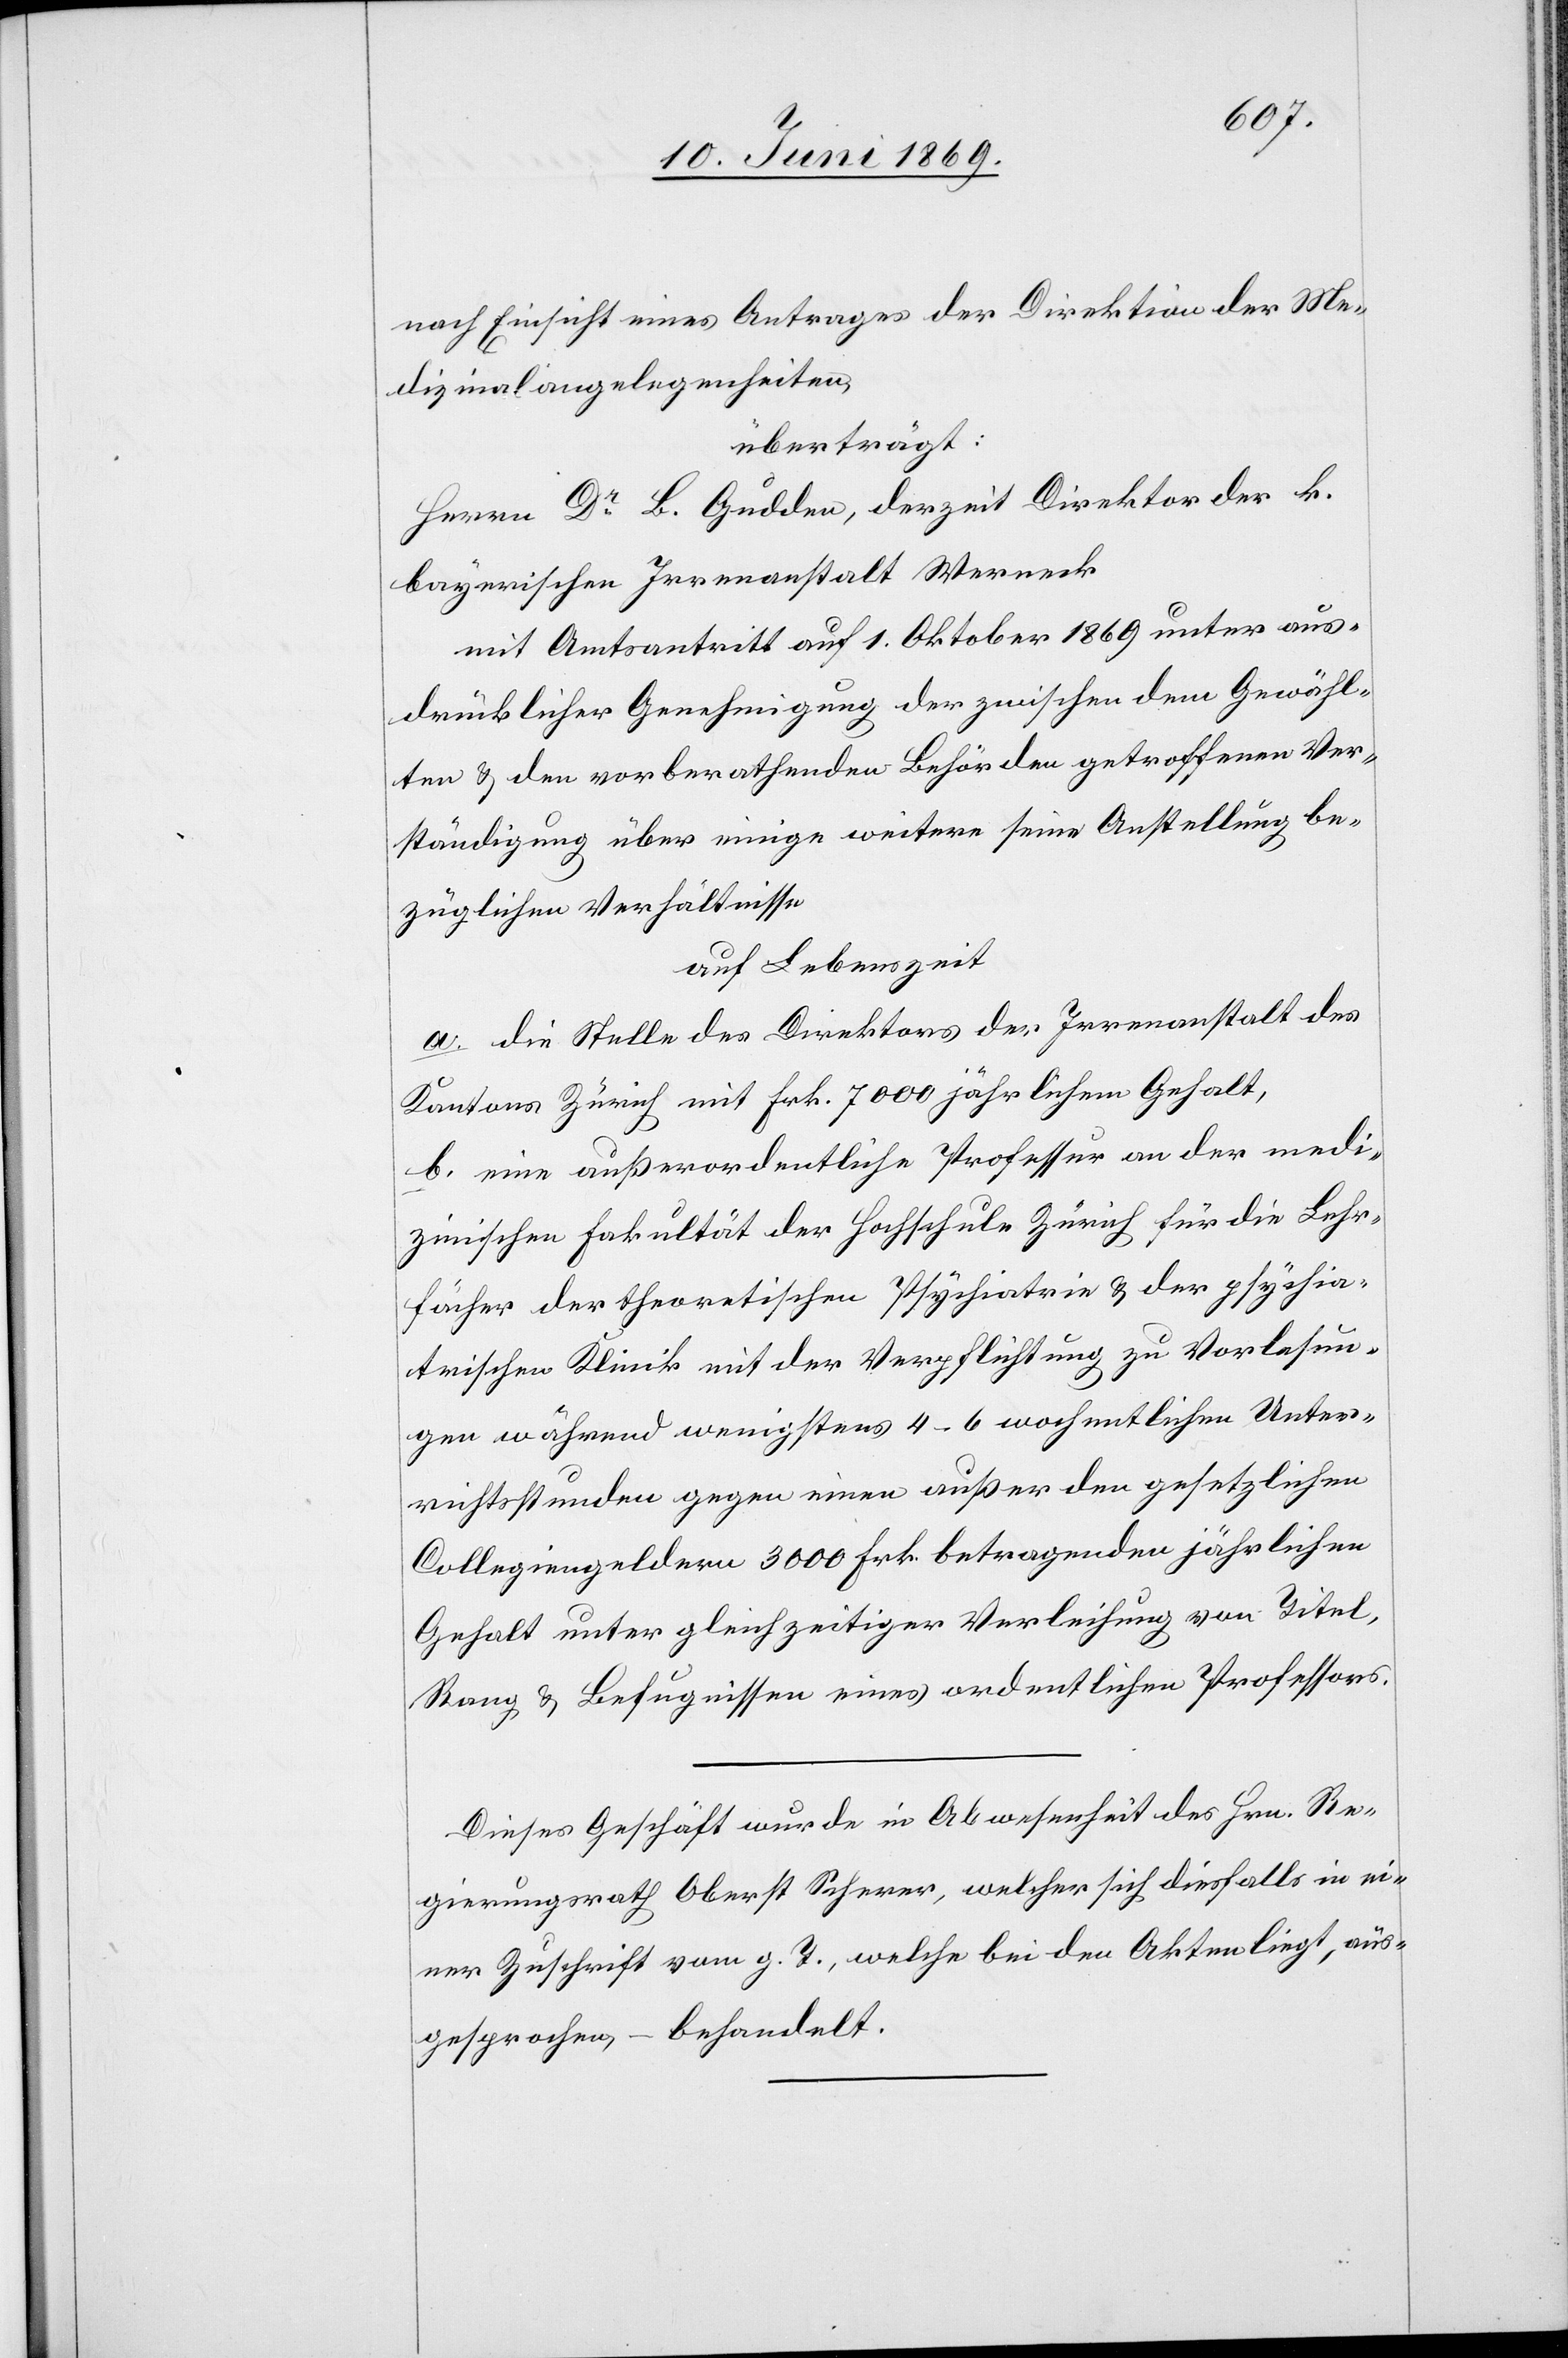
nach Einsicht eines Antrages der Direktion der Me¬
dizinalangelegenheiten,
überträgt:
Herrn Dr B. Gulden, derzeit Direktor der k.
bayerischen Irrenanstalt Werneck
mit Amtsantritt auf 1. Oktober 1869 unter aus¬
drücklicher Genehmigung der zwischen dem Gewähl¬
ten u. den vorberathenden Behörden getroffenen Ver¬
ständigung über einige weitere seine Anstellung be¬
züglichen Verhältnisse.
auf Lebenszeit
a. die Stelle des Direktors der Irrenanstalt des
Kantons Zürich mit Frk. 7000 jährlichem Gehalt,
b. eine außerordentliche Professur an der medi¬
zinischen Fakultät der Hochschule Zürich für die Lehr¬
fächer der theoretischen Psychiatrie u. der psychia¬
trischen Klinik mit der Verpflichtung zu Vorlesun¬
gen während wenigstens 4–6 wochentlichen [sic!] Unter¬
richtsstunden gegen einen außer den gesetzlichen
Collegiengeldern 3000 Frk. betragenden jährlichen
Gehalt unter gleichzeitiger Verleihung von Titel,
Rang, u. Befugnissen eines ordentlichen Professors.
Dieses Geschäft wurde in Abwesenheit des Hrn. Re¬
gierungsrath Oberst Scherer, welcher sich diesfalls in ei¬
ner Zuschrift vom g. T., welche bei den Akten liegt, aus¬
gesprochen, – behandelt.